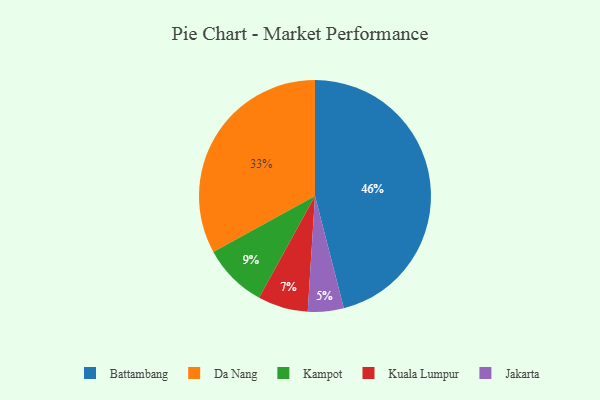
{"axis": {"x": "Category", "y": "Percentage"}, "legend": ["Battambang", "Da Nang", "Jakarta", "Kampot", "Kuala Lumpur"], "data": [{"x": "Kampot", "y": 9, "type": "Kampot"}, {"x": "Kuala Lumpur", "y": 7, "type": "Kuala Lumpur"}, {"x": "Da Nang", "y": 33, "type": "Da Nang"}, {"x": "Jakarta", "y": 5, "type": "Jakarta"}, {"x": "Battambang", "y": 46, "type": "Battambang"}]}